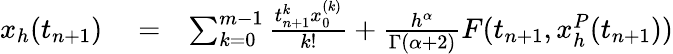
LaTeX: \begin{array}{rlr}{x_{h}(t_{n+1})}&{{}=}&{\sum_{k=0}^{m-1}\frac{t_{n+1}^{k}x_{0}^{(k)}}{k!}+\frac{h^{\alpha}}{\Gamma(\alpha+2)}F(t_{n+1},x_{h}^{P}(t_{n+1}))}\end{array}